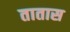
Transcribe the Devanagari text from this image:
तातास